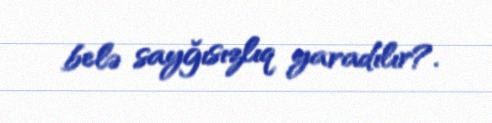
belə sayğısızlıq yaradılır?.